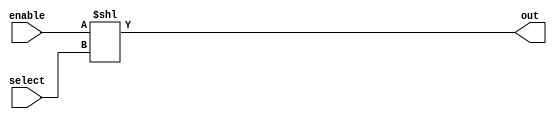
module decoder32(out, select, enable);
    input [4:0] select;
    input enable;
    output [31:0] out;

    assign out = enable << select;
endmodule